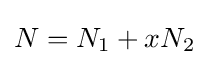
N=N_{1}+xN_{2}